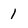
Character: 1